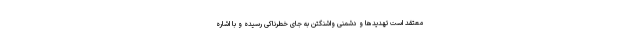
معتقد است تهدیدها و دشمنی واشنگتن به جای خطرناکی رسیده و با اشاره